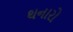
થનારો